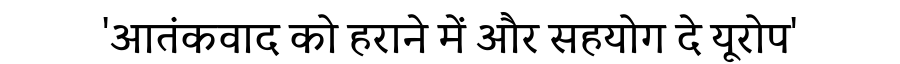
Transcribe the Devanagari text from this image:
'आतंकवाद को हराने में और सहयोग दे यूरोप'